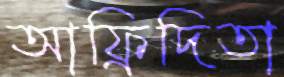
আফ্রিদিতা